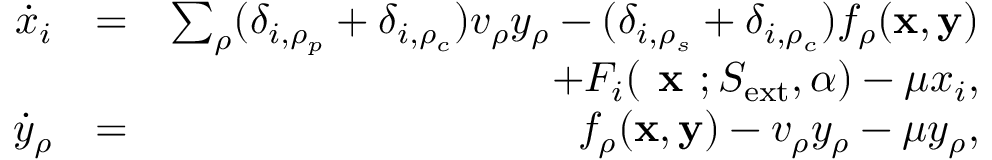
\begin{array} { r l r } { \dot { x } _ { i } } & { = } & { \sum _ { \rho } ( \delta _ { i , \rho _ { p } } + \delta _ { i , \rho _ { c } } ) v _ { \rho } y _ { \rho } - ( \delta _ { i , \rho _ { s } } + \delta _ { i , \rho _ { c } } ) f _ { \rho } ( { \bf x } , { \bf y } ) } \\ & { } & { + F _ { i } ( \textbf { x } ; S _ { \mathrm { e x t } } , \alpha ) - \mu x _ { i } , } \\ { \dot { y } _ { \rho } } & { = } & { f _ { \rho } ( { \bf x } , { \bf y } ) - v _ { \rho } y _ { \rho } - \mu y _ { \rho } , } \end{array}